Lunatic asylums Madras 1892-1911 - 1892-1911
Year: 1892
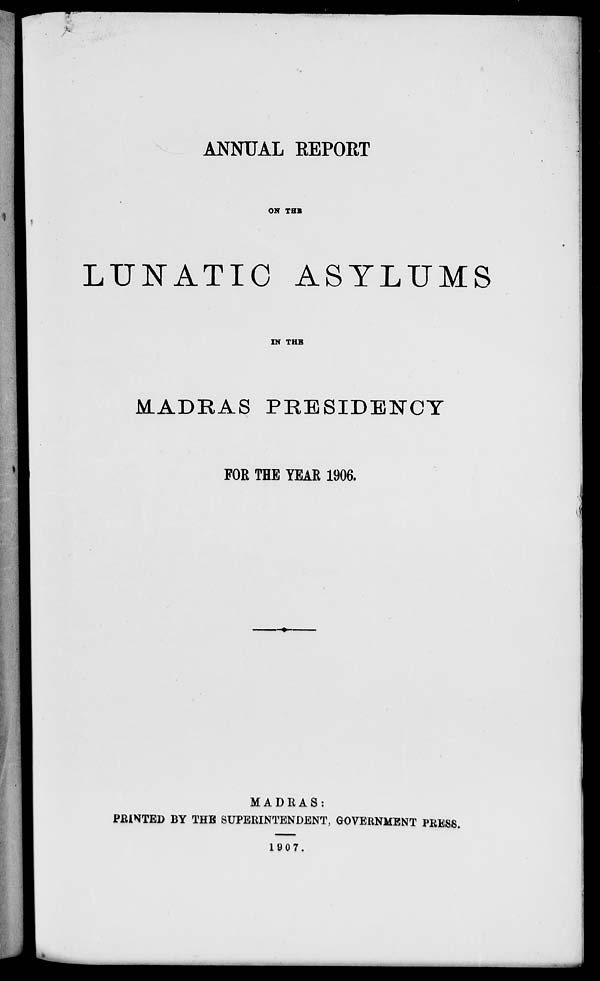
'-
ANNUAL REPORT
OK THB
LUNATIC ASYLUMS
IN THB
MADRAS PRESIDENCY
FOR THE YEAR 1906.
MADRAS:
PRINTED BY THE SUPERINTENDENT, GOVERNMENT PRESS.
1907.
,
_____